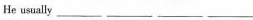
He usually ___ ___ ___ ___